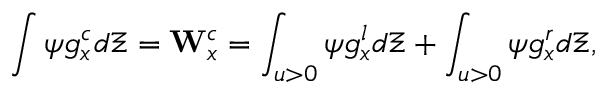
\int { \psi } g _ { x } ^ { c } d \Xi = \mathbf { W } _ { x } ^ { c } = \int _ { u > 0 } { \psi g _ { x } ^ { l } d \Xi } + \int _ { u > 0 } { \psi g _ { x } ^ { r } d \Xi } ,